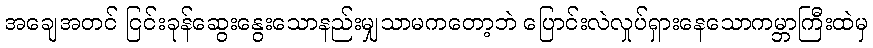
အချေအတင် ငြင်းခုန်ဆွေးနွေးသောနည်းမျှသာမကတော့ဘဲ ပြောင်းလဲလှုပ်ရှားနေသောကမ္ဘာကြီးထဲမှ